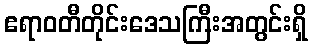
ဧရာဝတီတိုင်းဒေသကြီးအတွင်းရှိ